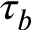
\tau _ { b }